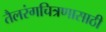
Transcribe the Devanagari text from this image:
तैलरंगचित्रणासाठी